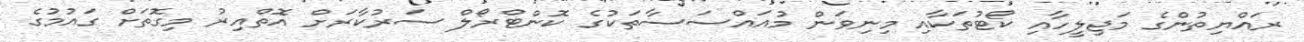
ރައްޔިތުންގެ މަޖިލީހާއި ކޯޓުތަކާއި މިނިވަން މުއައްސަސާތަކުގެ ކޮންޓްރޯލް ސަރުކާރަށް އޮތްއިރު މިގޮތަށް ގައުމުގެ